38_143685_box7_Incident_Summaries_1-100
Agency: Department of War
Page 99
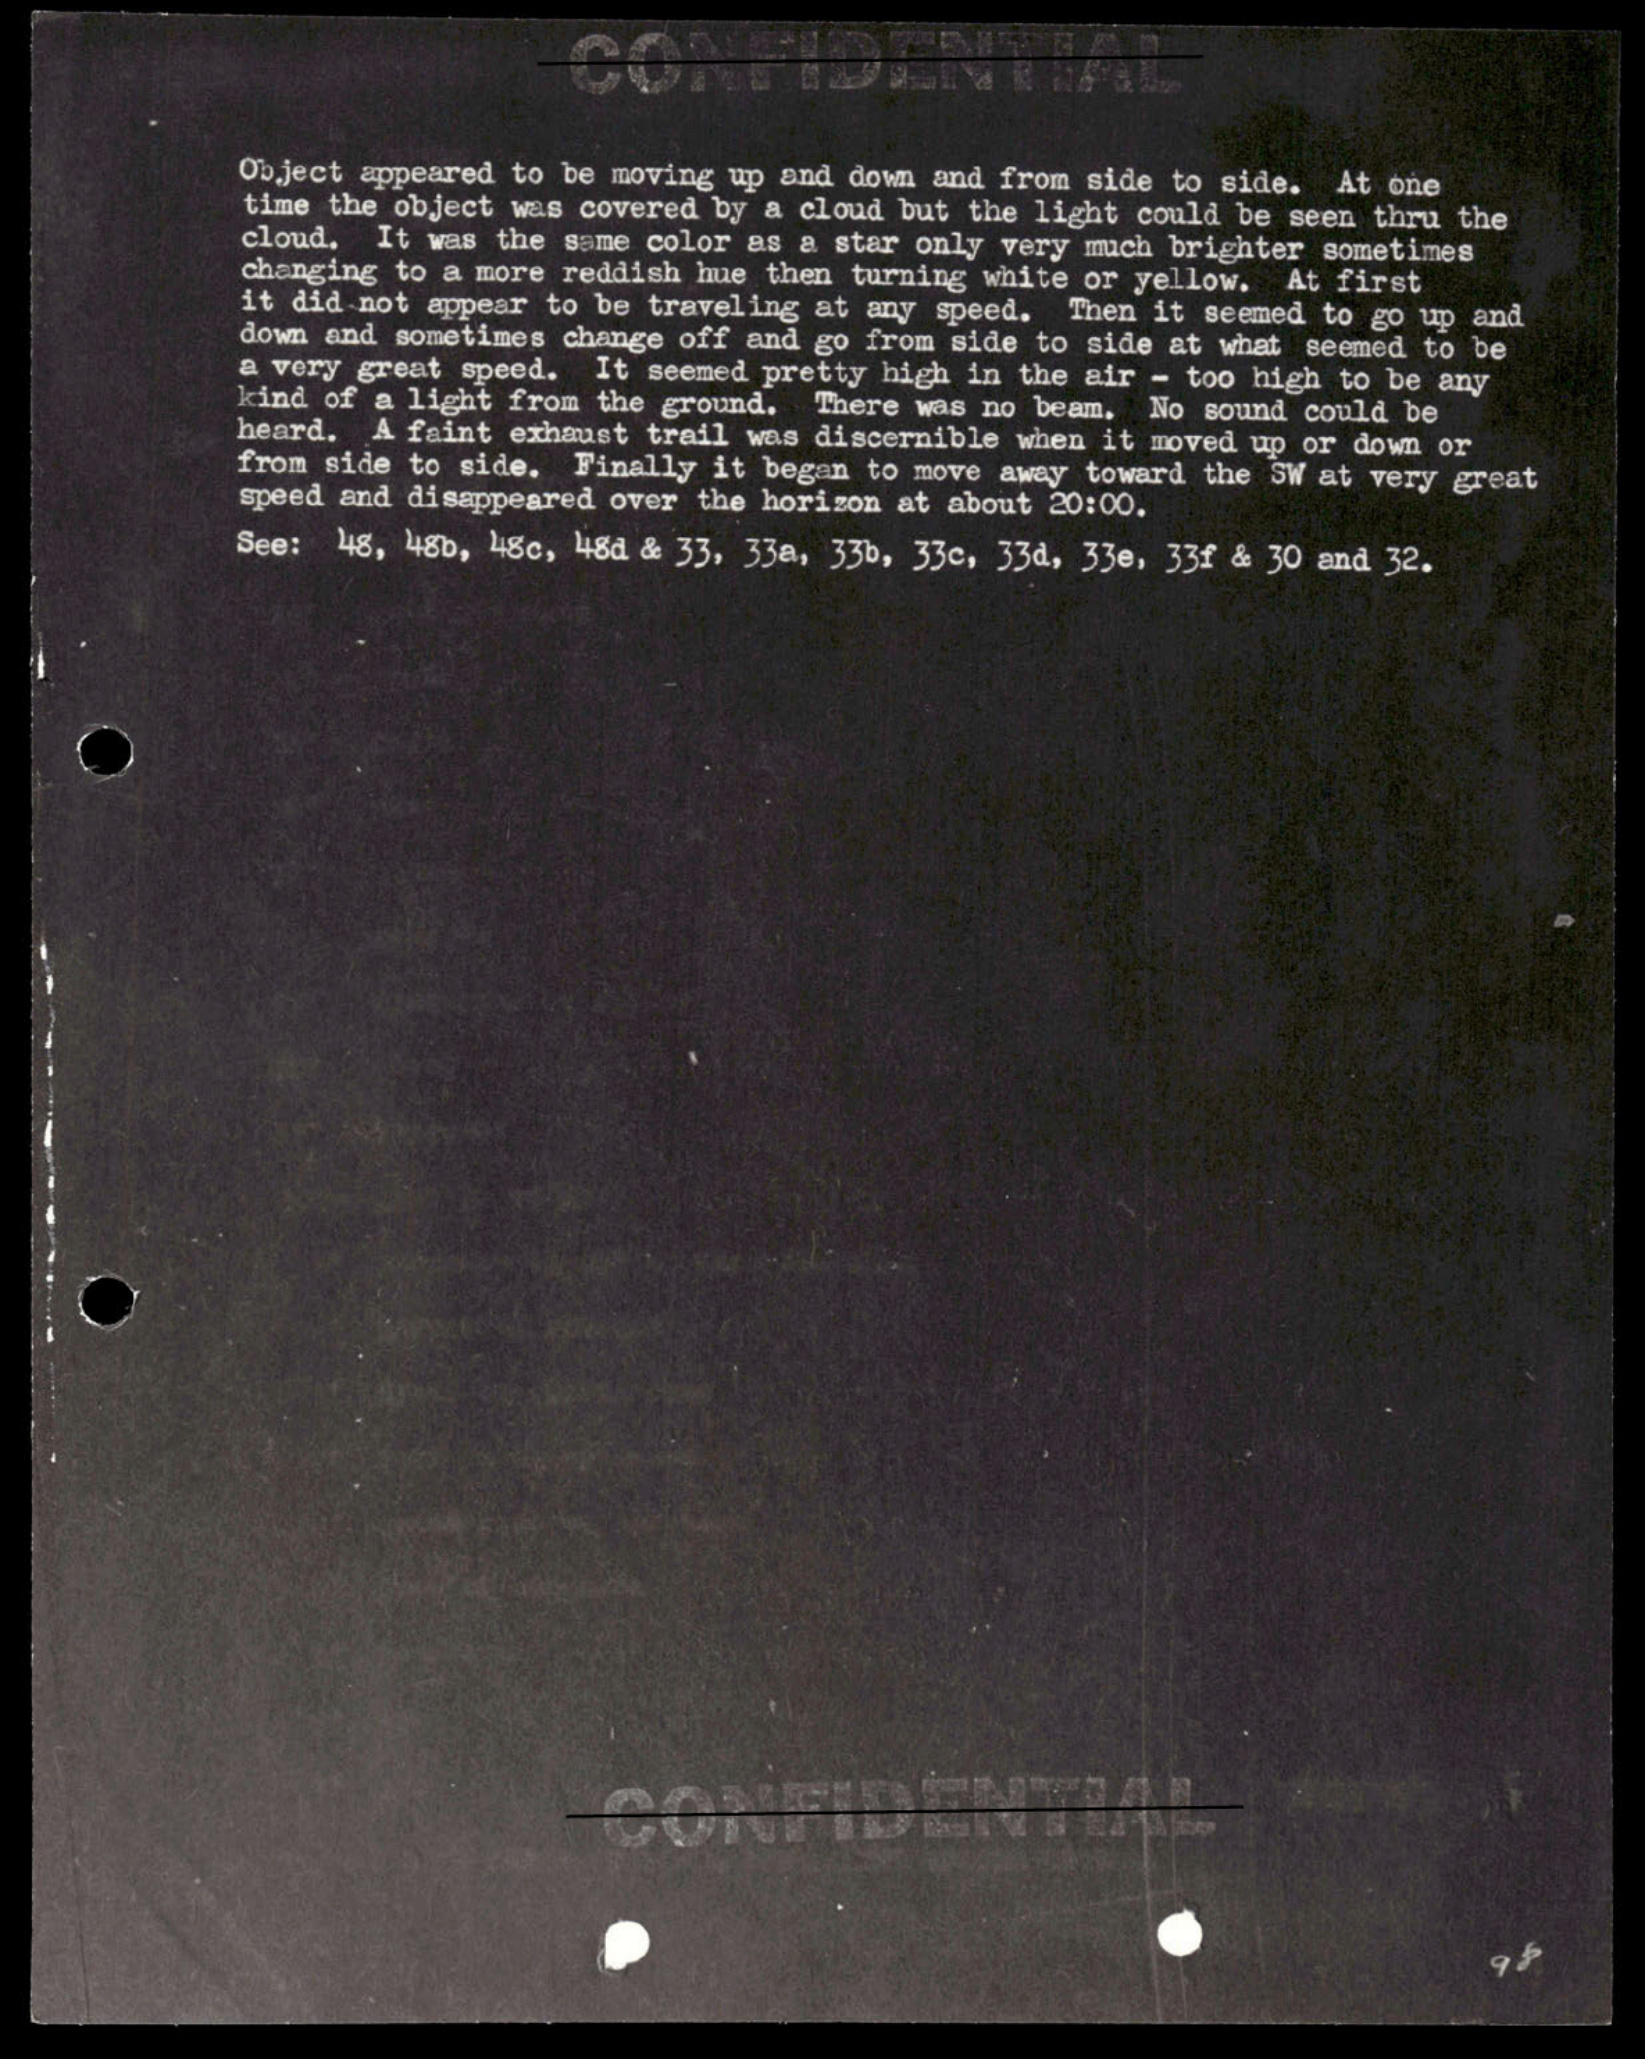